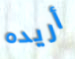
أريده